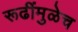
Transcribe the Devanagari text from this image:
रूढींमुळेच